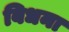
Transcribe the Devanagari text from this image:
बिधना